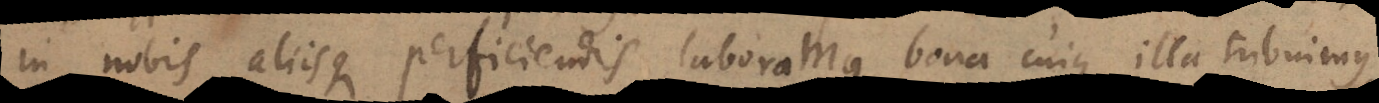
in nobis aliisque perficiendis laboramus, bona cuique illa tribuimus,